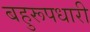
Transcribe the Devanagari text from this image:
बहुरूपधारी